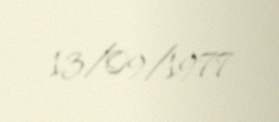
13/09/1977